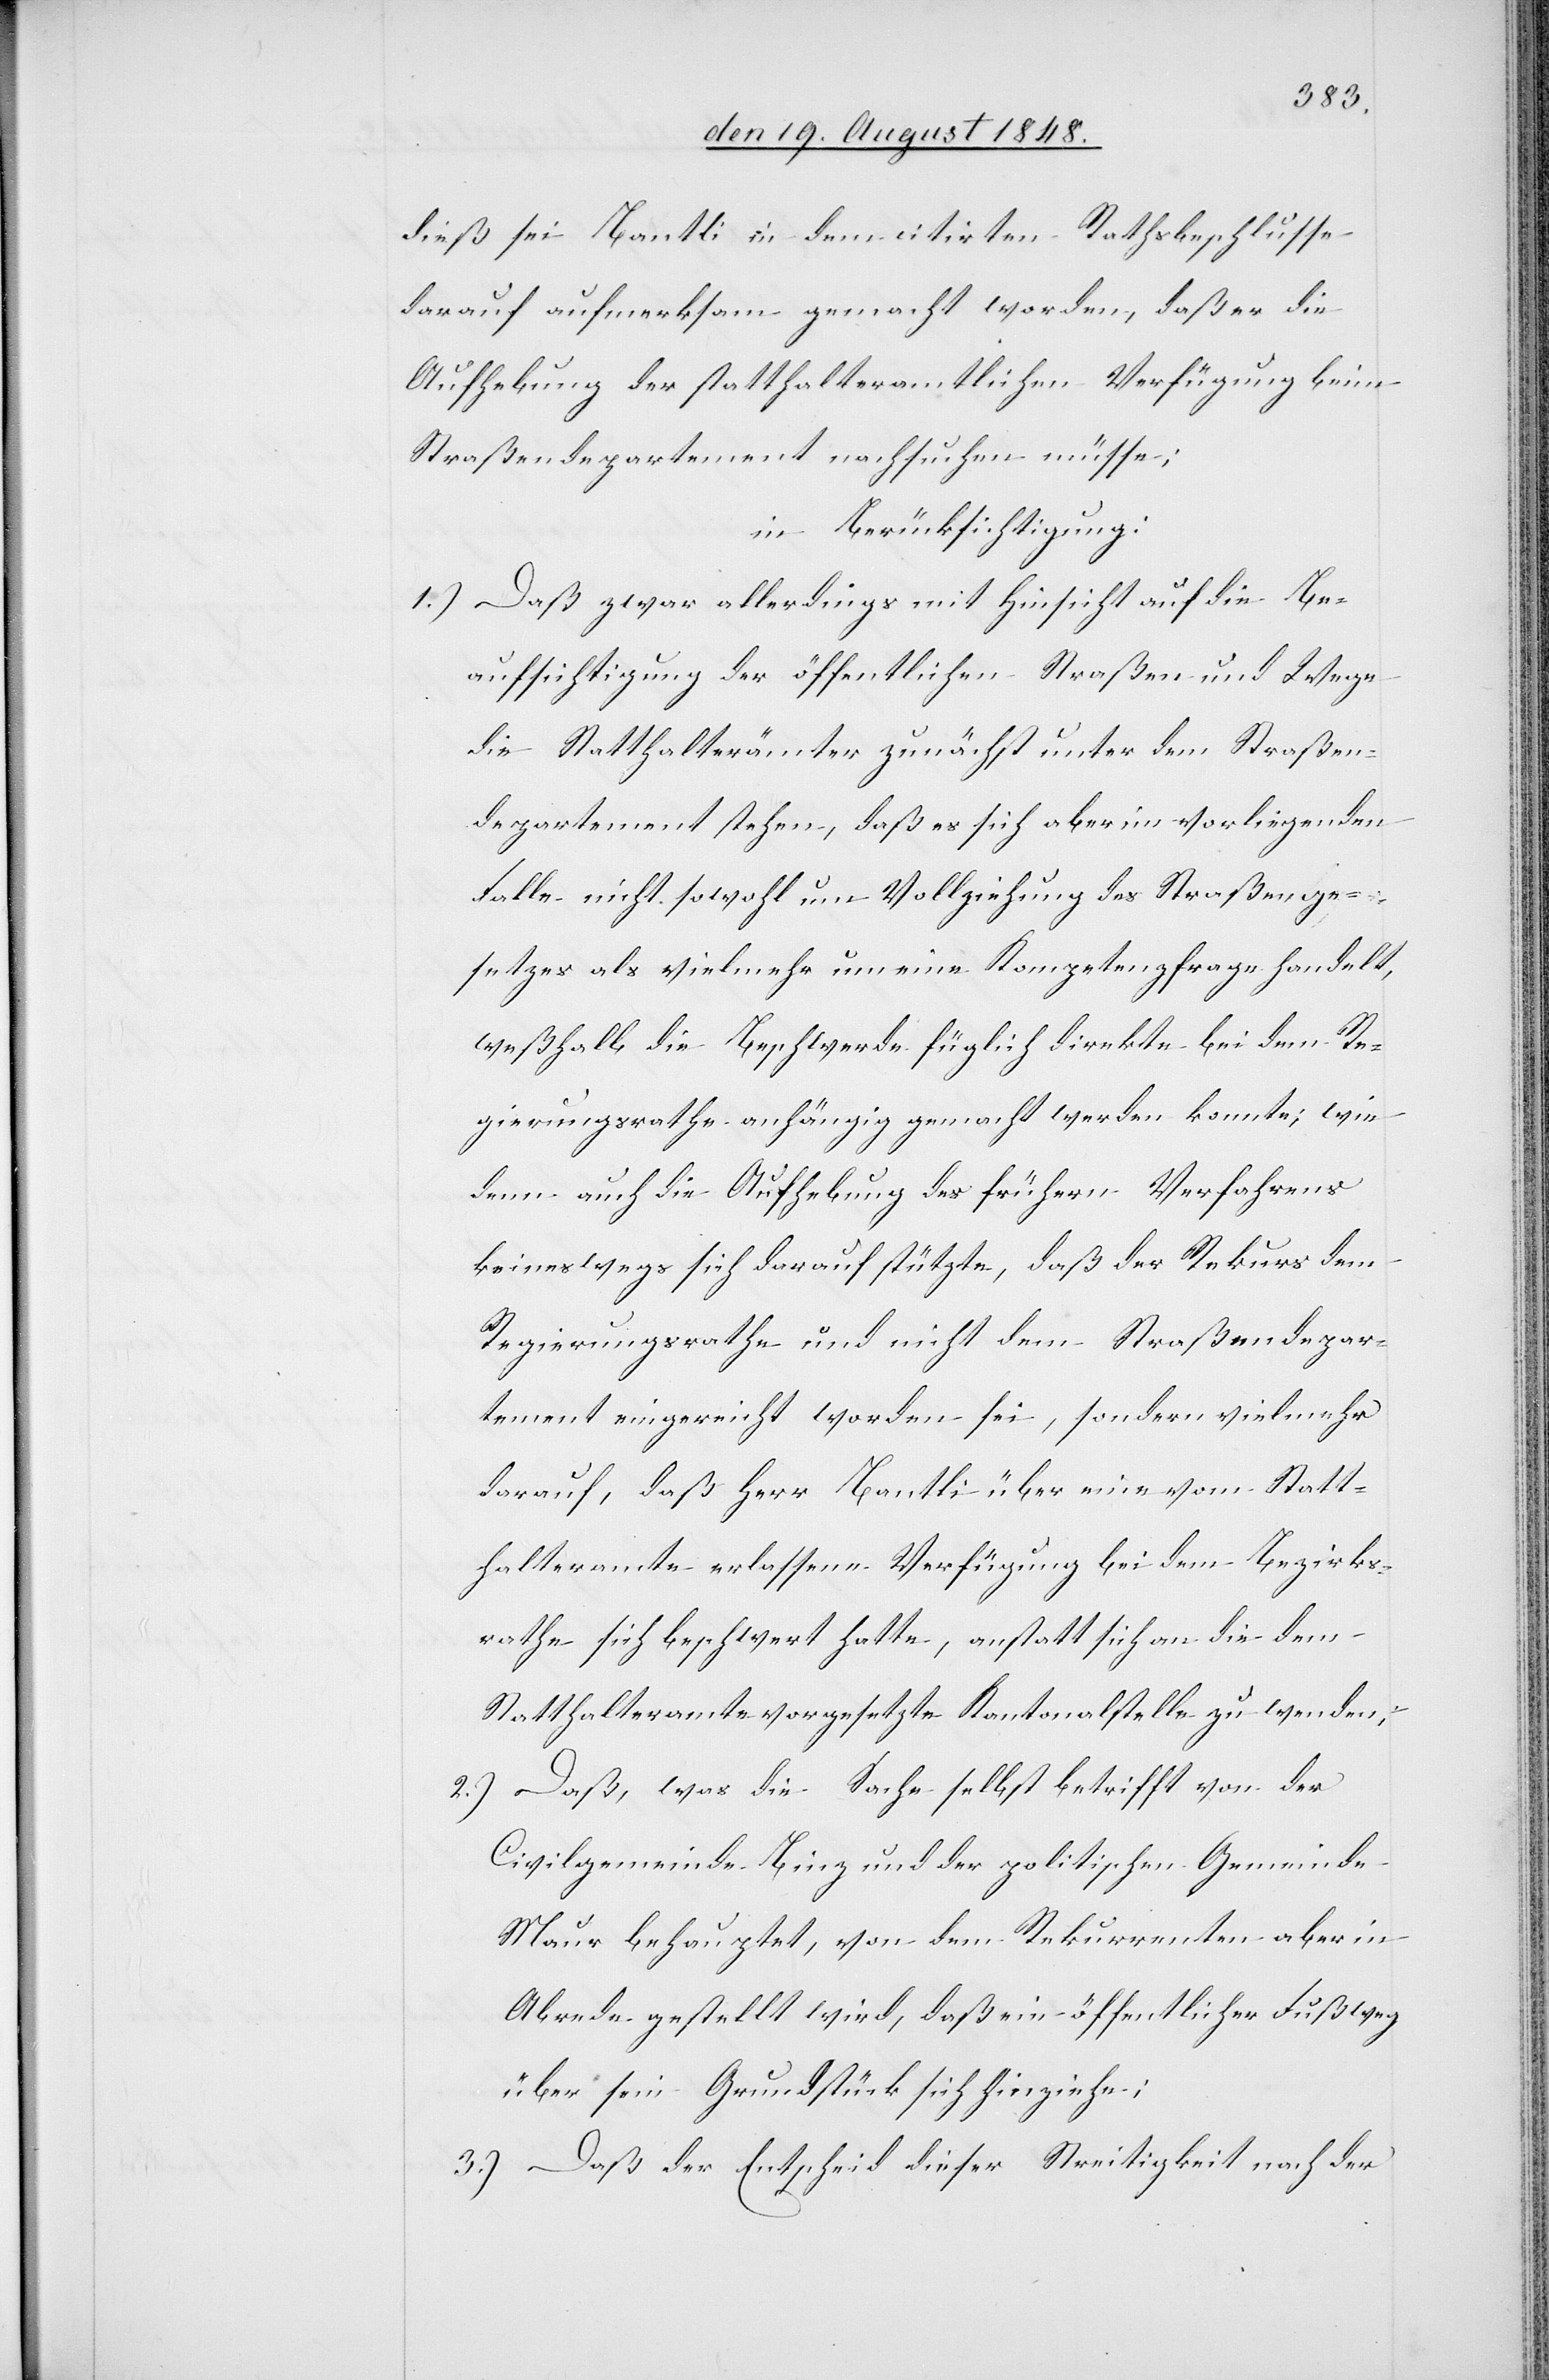
dieß sei Bantli in dem citirten Rathsbeschlusse
darauf aufmerksam gemacht worden, daß er die
Aufhebung der statthalteramtlichen Verfügung beim
Straßendepartement nachsuchen müsse;
in Berücksichtigung:
1.) Daß zwar allerdings mit Hinsicht auf die Be¬
aufsichtigung der öffentlichen Straßen und Wege
die Statthalterämter zunächst unter dem Straßen¬
departement stehen, daß es sich aber im vorliegenden
Falle nicht sowohl um Vollziehung des Straßenge¬
setzes als vielmehr um eine Kompetenzfrage handelt,
weßhalb die Beschwerde füglich direkte bei dem Re¬
gierungsrathe anhängig gemacht werden konnte; wie
denn auch die Aufhebung des frühern Verfahrens
keineswegs darauf stützte, daß der Rekurs dem
Regierungsrathe und nicht dem Straßendepar¬
tement eingereicht worden sei, sondern vielmehr
darauf, daß Herr Bantli über eine vom Statt¬
halteramte erlassene Verfügung bei dem Bezirks¬
rathe sich beschwert hatte, anstatt sich an die dem
Statthalteramte vorgesetzte Kantonalstelle zu wenden;
2.) Daß, was die Sache selbst betrifft von der
Civilgemeinde Binz und der politischen Gemeinde
Maur behauptet, von dem Rekurrenten aber in
Abrede gestellt wird, daß ein öffentlicher Fußweg
über sein Grundstück sich hinziehe;
3.) Daß der Entscheid dieser Streitigkeit nach der